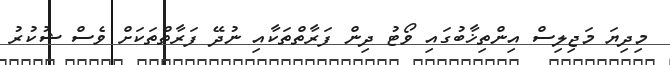
މިދިޔަ މަޖިލިސް އިންތިޚާބުގައި ވޯޓު ދިން ފަރާތްތަކާއި ނުދޭ ފަރާތްތަކަށް ވެސް ޝުކުރު